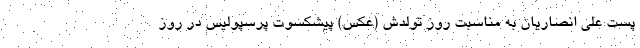
پست علی انصاریان به مناسبت روز تولدش (عکس) پیشکسوت پرسپولیس در روز